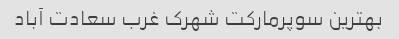
بهترین سوپرمارکت شهرک غرب سعادت آباد